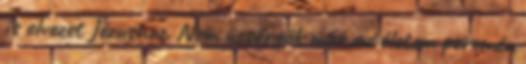
is elvezet Jézushoz. Nem ücsörgök már az életem peremén